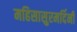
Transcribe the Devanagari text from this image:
महिसासुरमर्दिनी